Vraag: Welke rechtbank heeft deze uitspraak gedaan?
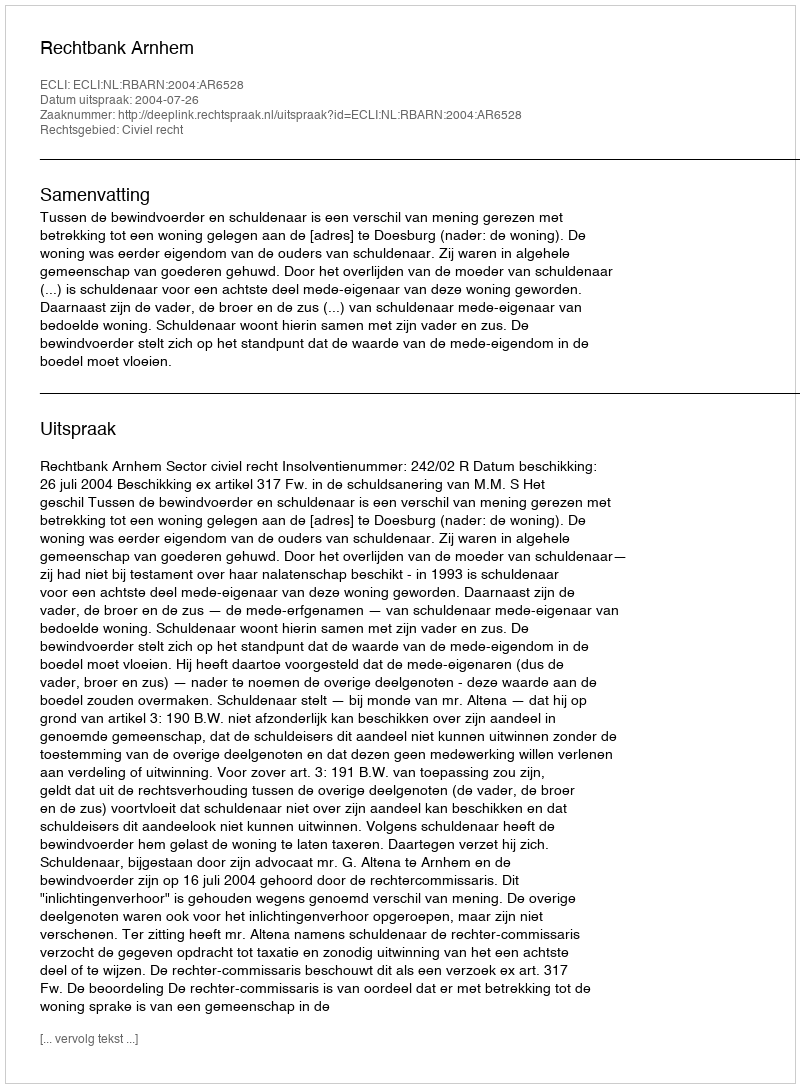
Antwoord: Rechtbank Arnhem